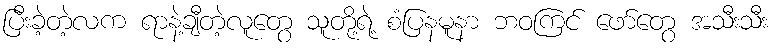
ပြီးခဲ့တဲ့လက ရာနဲ့ချီတဲ့လူတွေ သူတို့ရဲ့ စံပြနမူနာ ဘဝကြင် ဖော်တွေ အသီးသီး